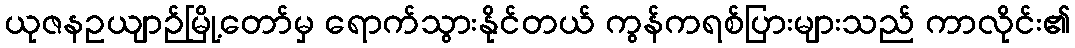
ယုဇနဥယျာဉ်မြို့တော်မှ ရောက်သွားနိုင်တယ် ကွန်ကရစ်ပြားများသည် ကာလိုင်း၏